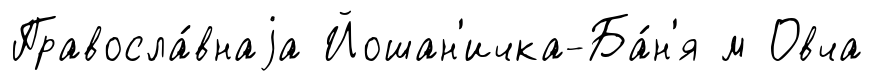
Правосла́внаjа Йошан'ичка-Ба́н'я м Овча